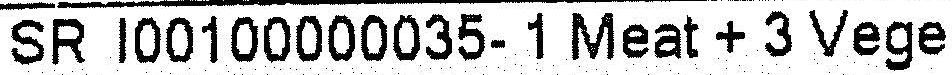
SR I00100000035- 1 MEAT + 3 VEGE